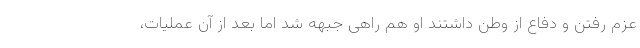
عزم رفتن و دفاع از وطن داشتند او هم راهی جبهه شد اما بعد از آن عملیات،